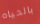
بالحياه